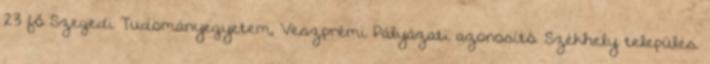
23 fő Szegedi Tudományegyetem, Veszprémi Pályázati azonosító. Székhely település.